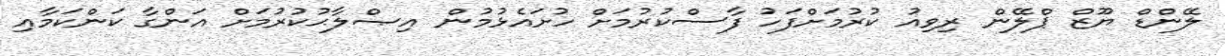
ލޭންޑް ޔޫޒް ޕްލޭން ރިވިއު ކުރުމަށްފަހު ފާސްކުރުމަށް ހުށައެޅުމުން އިޞްލާޙުކުރުމަށް އަންގާ ކަންކަމާއި